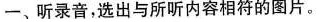
一、听录音，选出与所听内容相符的图片。